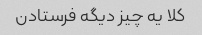
کلا یه چیز دیگه فرستادن